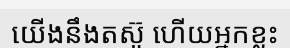
យើងនឹងតស៊ូ ហើយអ្នកខ្លះ